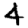
Digit: 4